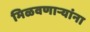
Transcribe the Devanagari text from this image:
मिळवणाऱ्यांना